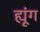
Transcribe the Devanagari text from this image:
ह्यूंग